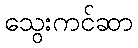
သွေးကင်ဆာ